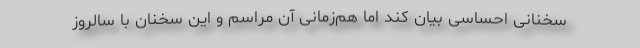
سخنانی احساسی بیان کند اما هم‌زمانی آن مراسم و این سخنان با سالروز